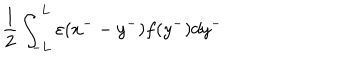
LaTeX: \frac { 1 } { 2 } \int _ { - L } ^ { L } { \varepsilon } ( x ^ { -- } y ^ { - } ) f ( y ^ { - } ) d y ^ { - }